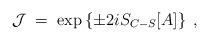
LaTeX: \begin{align*}\mathcal{J} \;=\; \exp\left\{ \pm 2 i S_{C-S}[A] \right\} \;,\end{align*}